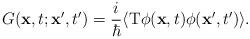
LaTeX: \begin{align*}G({\bf x},t;{\bf x'},t')={i\over\hbar}\langle{\rm T}\phi({\bf x},t)\phi({\bf x'},t')\rangle.\end{align*}